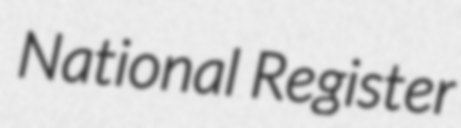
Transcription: National Register